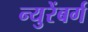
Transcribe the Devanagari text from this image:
न्युरेंबर्ग